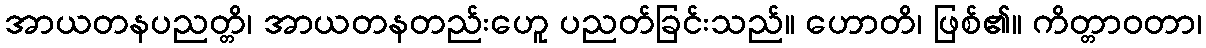
အာယတနပညတ္တိ၊ အာယတနတည်းဟေူ ပညတ်ခြင်းသည်။ ဟောတိ၊ ဖြစ်၏။ ကိတ္တာဝတာ၊